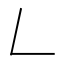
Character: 𠃋